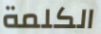
الكلمة